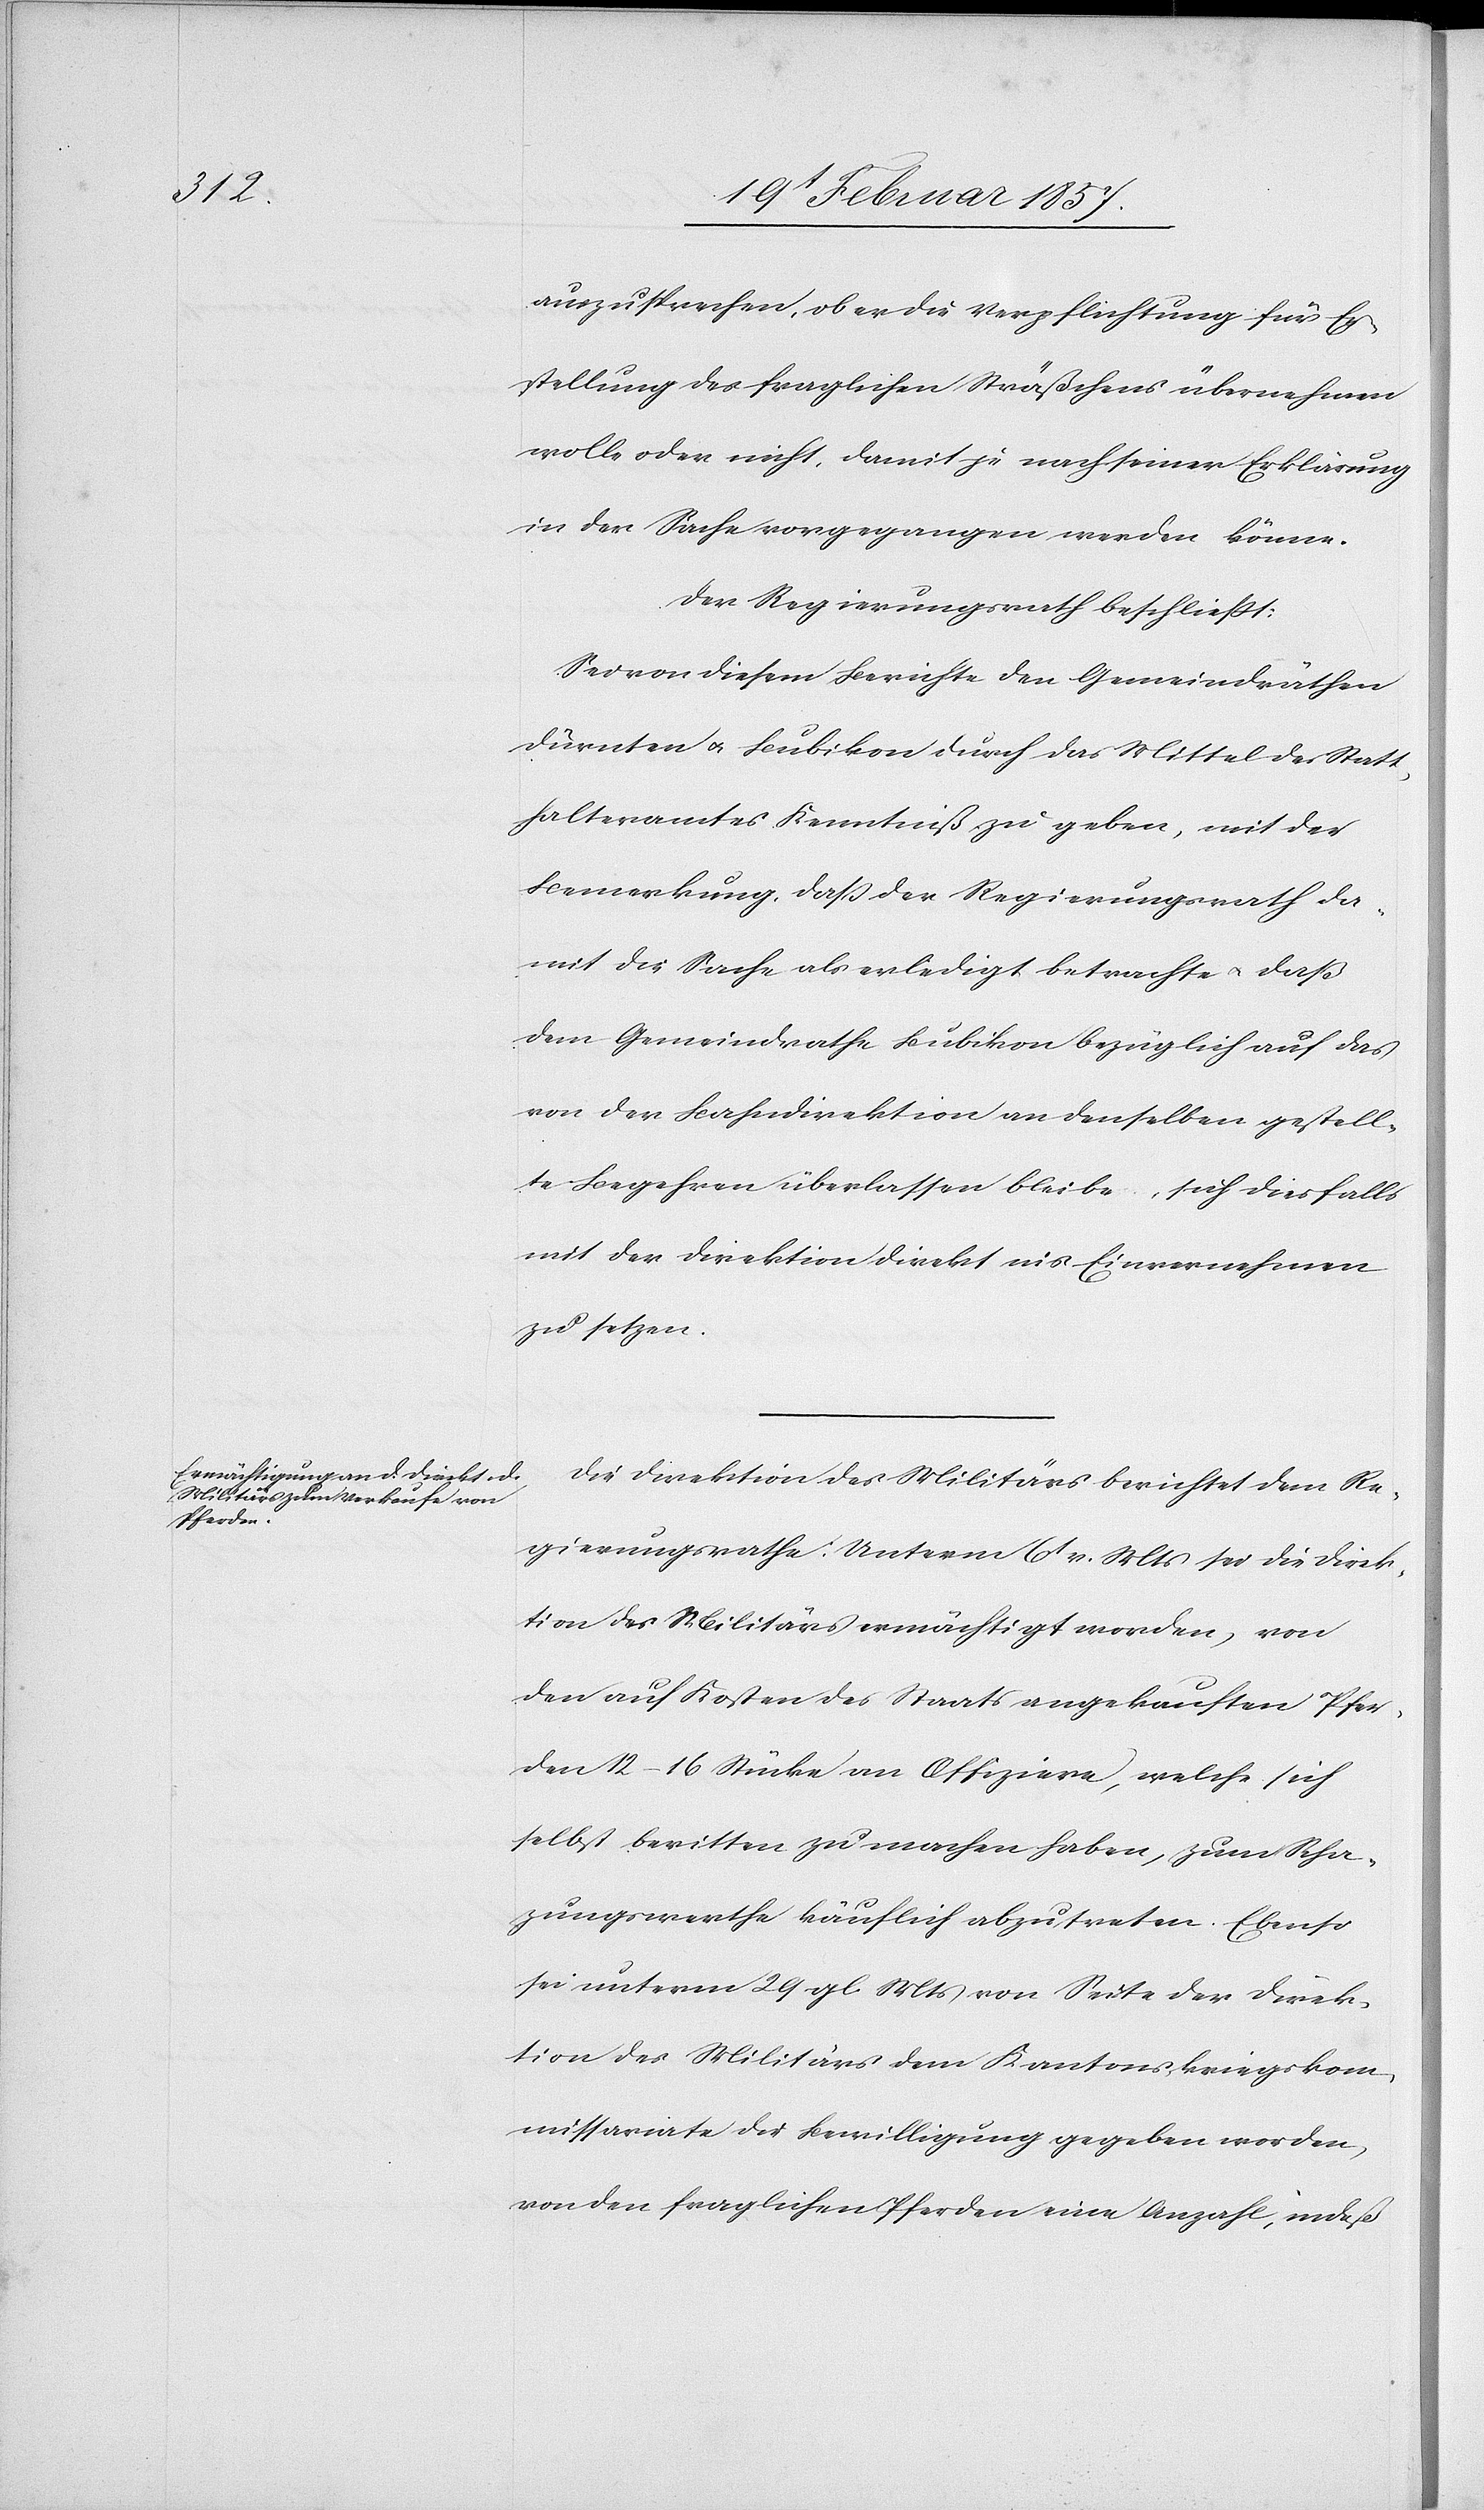
auszusprechen, ob er die Verpflichtung für Er¬
stellung des fraglichen Sträßchens übernehmen
wolle oder nicht, damit je nach seiner Erklärung
in der Sache vorgegangen werden könne.
Der Regierungsrath beschließt:
Sei von diesem Berichte den Gemeindräthen
Dürnten u. Bubikon durch das Mittel des Statt¬
halteramtes Kenntniß zu geben, mit der
Bemerkung, daß der Regierungsrath da¬
mit die Sache als erledigt betrachte u. daß
dem Gemeindrathe Bubikon bezüglich auf das
von der Bahndirektion an denselben gestell¬
te Begehren überlassen bleibe, sich diesfalls
mit der Direktion direkt ins Einvernehmen
zu setzen.
Die Direktion des Militärs berichtet dem Re¬
gierungsrathe: Unterm 6t v. Mts sei die Direk¬
tion des Militärs ermächtigt worden, von
den auf Kosten des Staats angekauften Pfer¬
den 12–16 Stücke an Offiziere, welche sich
selbst beritten zu machen haben, zum Scha¬
zungswerthe käuflich abzutreten. Ebenso
sei unterm 29 gl. Mts von Seite der Direk¬
tion des Militärs dem Kantonskriegskom¬
missariate die Bewilligung gegeben worden,
von den fraglichen Pferden eine Anzahl, indeß